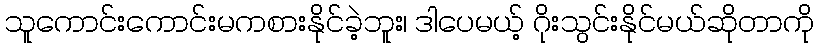
သူကောင်းကောင်းမကစားနိုင်ခဲ့ဘူး၊ ဒါပေမယ့် ဂိုးသွင်းနိုင်မယ်ဆိုတာကို